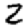
Digit: 2